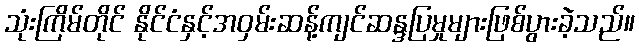
သုံးကြိမ်တိုင် နိုင်ငံနှင့်အဝှမ်းဆန့်ကျင်ဆန္ဒပြမှုများဖြစ်ပွားခဲ့သည်။